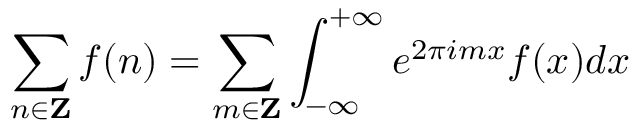
\sum _ { n \in { \bf Z } } f ( n ) = \sum _ { m \in { \bf Z } } \int _ { - \infty } ^ { + \infty } e ^ { 2 \pi i m x } f ( x ) d x